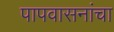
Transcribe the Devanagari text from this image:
पापवासनांचा